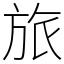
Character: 旅